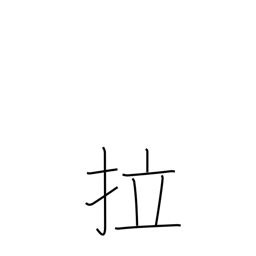
Meaning: Latin